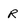
Character: R